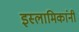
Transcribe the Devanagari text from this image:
इस्लामिकांनी